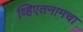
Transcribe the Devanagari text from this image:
व्हिएतनामचा